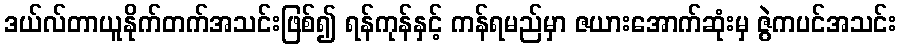
ဒယ်လ်တာယူနိုက်တက်အသင်းဖြစ်၍ ရန်ကုန်နှင့် ကန်ရမည်မှာ ဇယားအောက်ဆုံးမှ ဇွဲကပင်အသင်း